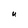
Character: U